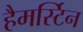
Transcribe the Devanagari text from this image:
हैमर्स्टिन